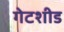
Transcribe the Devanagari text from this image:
गेटशीड